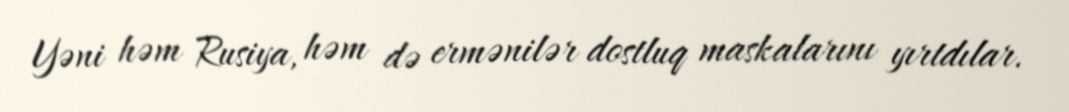
Yəni həm Rusiya, həm də ermənilər dostluq maskalarını yırtdılar.